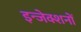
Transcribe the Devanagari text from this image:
इन्जेक्शनों